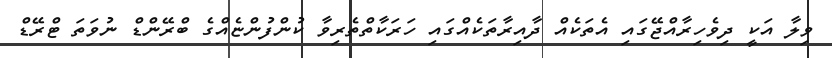
ވިލާ އަކީ ދިވެހިރާއްޖޭގައި އެތަކެއް ދާއިރާތަކެއްގައި ހަރަކާތްތެރިވާ ކުންފުންޏެއްގެ ބްރޭންޑް ނުވަތަ ޓްރޭޑް